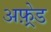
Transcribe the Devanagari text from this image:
अफ़्रेड